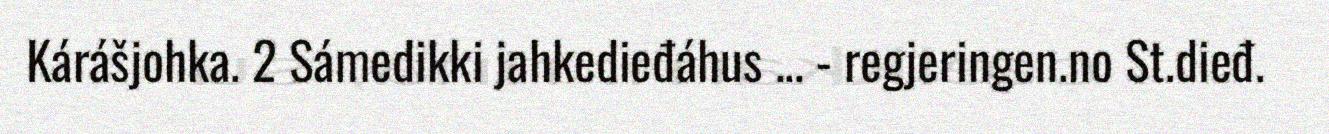
Kárášjohka. 2 Sámedikki jahkedieđáhus ... - regjeringen.no St.dieđ.